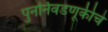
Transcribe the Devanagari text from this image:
पुनर्निवडणूकीचे